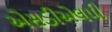
એસડીએલપી